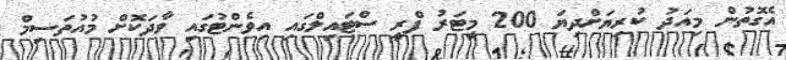
އެގޮތުން މިއަދު ކުރިޔަށްދިޔަ 200 މީޓަރު ފްރީ ސްޓައިލްގައި އިވެންޓުގައި ވާދަކޮށް މުއުތަސިމް